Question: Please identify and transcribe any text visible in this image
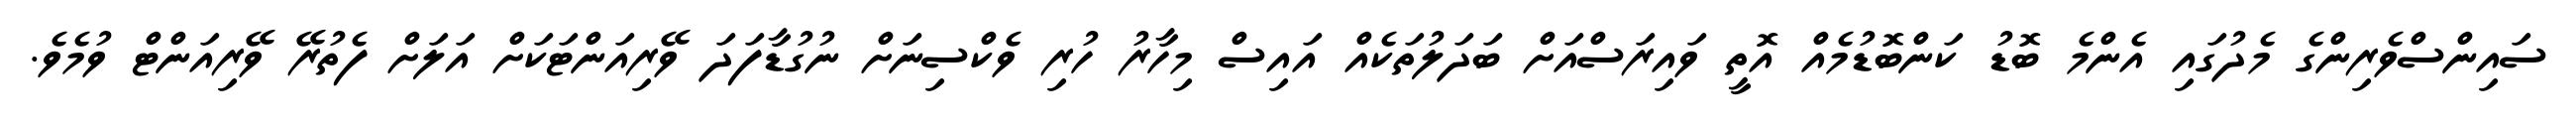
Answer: ސައިންސްވެރިންގެ މެދުގައި އެންމެ ބޮޑު ކަންބޮޑުމެއް އޮތީ ވައިރަސްއަށް ބަދަލުތަކެއް އައިސް މިހާރު ހުރި ވެކްސިނަށް ނުގުޑާފަދަ ވޭރިއަންޓަކަށް އަލަށް ފެތުރޭ ވޭރިއަންޓް ވުމެވެ.